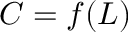
C = f ( L )